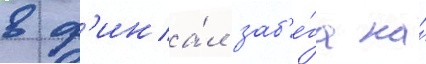
в ф'ина́л заб'е́га на́